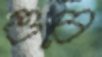
ওর